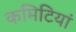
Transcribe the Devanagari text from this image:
कमिटियां